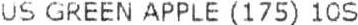
US GREEN APPLE (175) 10S